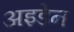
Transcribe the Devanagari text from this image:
अइडेन